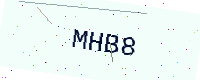
Text: MHB8